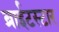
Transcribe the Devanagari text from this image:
ब्राईटस्टार